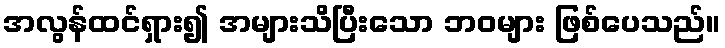
အလွန်ထင်ရှား၍ အများသိပြီးသော ဘဝများ ဖြစ်ပေသည်။